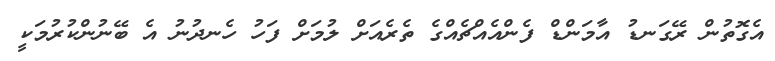
އެގޮތުން ރޭގަނޑު އާމަންޑް ފެންއެއްޗެއްގެ ތެރެއަށް ލުމަށް ފަހު ހެނދުނު އެ ބޭނުންކުރުމަކީ